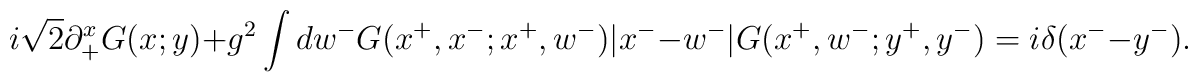
i\sqrt{2}\partial^{x}_{+}G(x;y)+g^{2}\int dw^{-}G(x^{+},x^{-};x^{+},w^{-})|x^{-}-w^{-}|G(x^{+},w^{-};y^{+},y^{-})=i\delta(x^{-}-y^{-}).